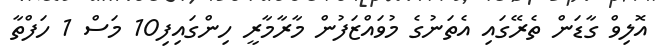
އޮލިވް ގާޑަން ތެރޭގައި އެތަނުގެ މުވައްޒަފުން މާރާމާރީ ހިންގައިފި10 މަސް 1 ހަފްތާ